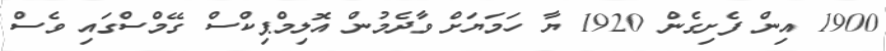
1900 އިން ފެށިގެން 1920 ޔާ ހަމަޔަށް ވާދެމުން އޮލިމްޕިކްސް ގޭމްސްގައި ވެސް